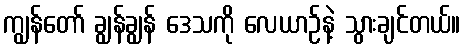
ကျွန်တော် ချွန်ချွန် ဒေသကို လေယာဉ်နဲ့ သွားချင်တယ်။